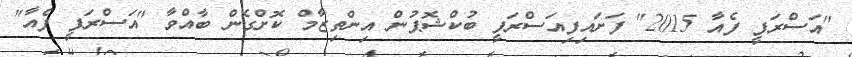
"އަސްރަފީ ފެއާ 2015" ފަށައިފިއަސްރަފީ ބުކްޝޮޕުން އިންތިޒާމް ކޮށްގެން ބާއްވާ "އަސްރަފީ ފެއާ"